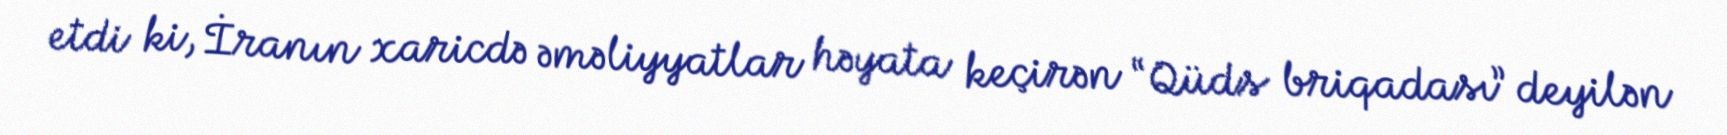
etdi ki, İranın xaricdə əməliyyatlar həyata keçirən “Qüds briqadası” deyilən